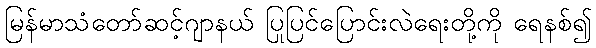
မြန်မာသံတော်ဆင့်ဂျာနယ် ပြုပြင်ပြောင်းလဲရေးတို့ကို ရေနစ်၍